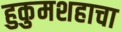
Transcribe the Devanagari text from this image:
हुकुमशहाचा